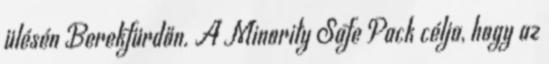
ülésén Berekfürdőn. A Minority Safe Pack célja, hogy az